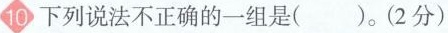
10 下列说法不正确的一组是( )。(2分)